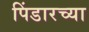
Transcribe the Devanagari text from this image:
पिंडारच्या